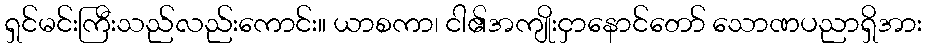
ရှင်မင်းကြီးသည်လည်းကောင်း။ ယာစကာ၊ ငါ၏အကျိုးငှာနောင်တော် သောဏပညာရှိအား